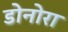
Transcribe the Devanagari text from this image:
डोनोरा